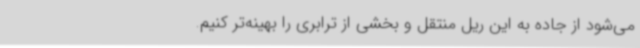
می‌شود از جاده به این ریل منتقل و بخشی از ترابری را بهینه‌تر کنیم.